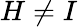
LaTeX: {H\neq I}